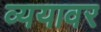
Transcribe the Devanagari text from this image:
व्ययावर